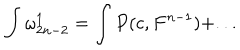
\int \omega _ { 2 n - 2 } ^ { 1 } = \int P ( c , F ^ { n - 1 } ) + . . .